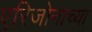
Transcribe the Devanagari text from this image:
एरिजोनाच्या